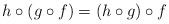
LaTeX: \begin{align*} h \circ( g \circ f) = (h \circ g) \circ f \end{align*}